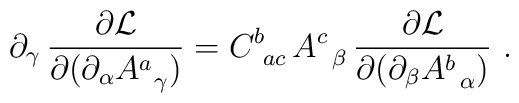
\partial_{\gamma}\, {\partial {\cal L}\over \partial (\partial_{\alpha} A^a_{\,\ \gamma})} =   C^b_{\ ac}\, A^c_{\,\ \beta}\, {\partial {\cal L}\over \partial (\partial_{\beta} A^b_{\,\ \alpha})}\ .